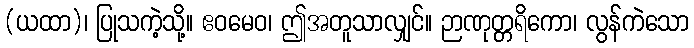
(ယထာ)၊ ပြုသကဲ့သို့။ ဧဝမေဝ၊ ဤအတူသာလျှင်။ ဉာဏုတ္တရိကော၊ လွန်ကဲသော